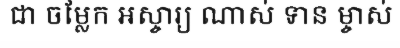
ជា ចម្លែក អស្ចារ្យ ណាស់ ទាន ម្ចាស់